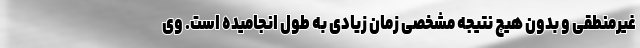
غیرمنطقی و بدون هیچ نتیجه مشخصی زمان زیادی به طول انجامیده است. وی